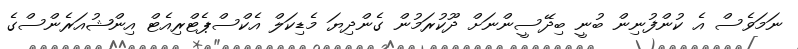
ނަމަވެސް އެ ކުންފުނިން ބުނީ ބިދޭސީންނަށް ދޫކުރަމުން ގެންދިޔަ މެޑިކަލް އެކްސްޕެޓްރިއެޓް އިންޝުއަރެންސްގެ